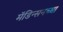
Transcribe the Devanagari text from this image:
मॅडिन्सनच्या